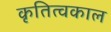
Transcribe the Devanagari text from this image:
कृतित्वकाल